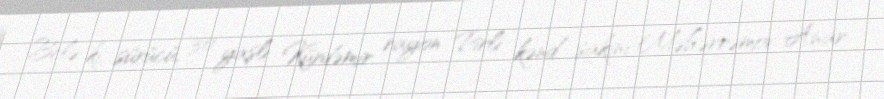
Belə ki, sürücü, 30 yaşlı Kürdəmir rayon Pirli kənd sakini Məhərrəmov Anar